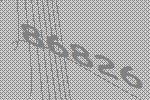
86826